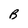
Character: B